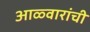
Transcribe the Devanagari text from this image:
आळ्वारांची